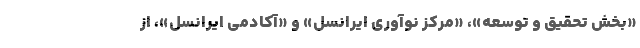
«بخش تحقیق و توسعه»، «مرکز نوآوری ایرانسل» و «آکادمی ایرانسل»، از